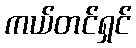
ကယ်တင်ရှင်